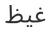
غيظ